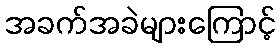
အခက်အခဲများကြောင့်